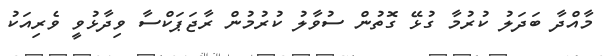
މާއްދާ ބަދަލު ކުރުމާ ގުޅޭ ގޮތުން ސުވާލު ކުރުމުން ރާޖަޕަކްސާ ވިދާޅުވީ ވެރިއަކު